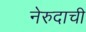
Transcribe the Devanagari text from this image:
नेरुदाची